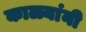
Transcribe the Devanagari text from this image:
काळ्यांनी